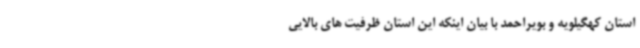
استان کهگیلویه و بویراحمد با بیان اینکه این استان ظرفیت های بالایی